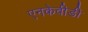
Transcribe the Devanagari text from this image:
एनकेवीडी